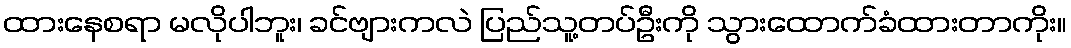
ထားနေစရာ မလိုပါဘူး၊ ခင်ဗျားကလဲ ပြည်သူ့တပ်ဦးကို သွားထောက်ခံထားတာကိုး။